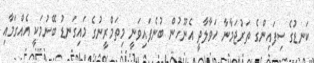
ކަނޑުގެ ސިފައިންގެ ތަރުޖަމާނާ ހަވާލާދީ އެނޫހުން ބުނެފައިވަނީ މިތަމްރީނުގެ މައިގަނޑު ބޭނުމަކީ އެއްގަމާއި